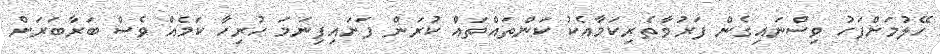
ހޭލުމަށްފަހު ވިސްނައިގެން ފަރުވާތެރިކަމާއެކު ކަންތައްތައް ކުރަން ފަށައިފިނަމަ ހުރިހާ ކަމެއް ވެސް ބަރާބަރަށް